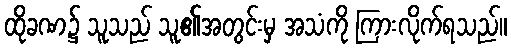
ထိုခဏ၌ သူသည် သူ၏အတွင်းမှ အသံကို ကြားလိုက်ရသည်။